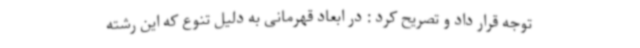
توجه قرار داد و تصریح کرد : در ابعاد قهرمانی به دلیل تنوع که این رشته